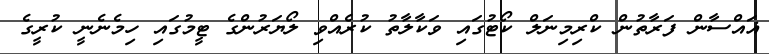
ޣައްސާން ފަރާތުން ކްރިމިނަލް ކޯޓުގައި ވަކާލާތު ކުރެއްވި ލޯޔަރުންގެ ޓީމުގައި ހިމެނެނީ ކުރީގެ